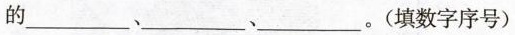
的___、___、___。(填数字序号)